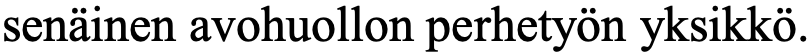
senäinen avohuollon perhetyön yksikkö.